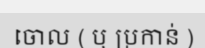
ចោល ( ឬ ប្រកាន់ )